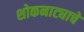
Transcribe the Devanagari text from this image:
शोकनाट्याचे